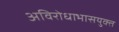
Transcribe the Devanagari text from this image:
अविरोधाभासयुक्त